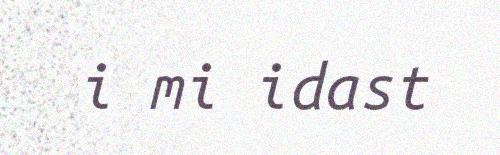
i mi idast